Cholera in southern India
Disease focus: Cholera
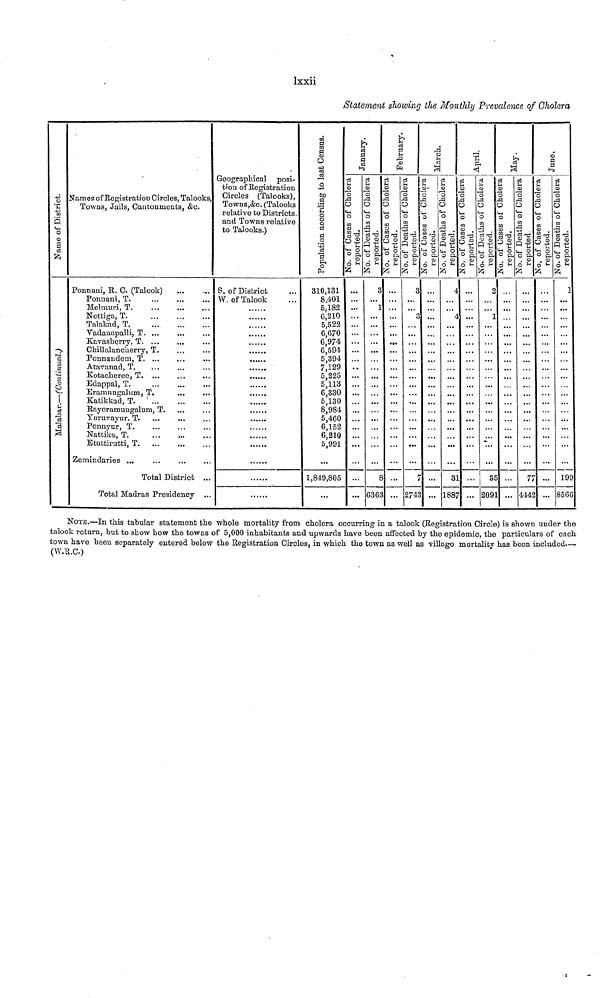
lxxii
Statement showing the Monthly Prevalence of Cholera
Name of District.
Malabar.—(Continued.)
Names of Registration Circles, Talooks,
Towns, Jails, Cantonments, &c.
Ponnani, R. C. (Talook)
...
...
Ponnani, T. ... ... ...
Melmuri, T. ... ... ...
Nettiga, T.
...
...
...
Talakad, T
...
...
...
Vadauapalli, T. ... ... ...
Kavaslacrry, T ... ... ...
Chillalancuerry, T. ... ...
Ponnandem, T. ... ... ...
Atavanad, T. ... ... ...
Kotaolaeree,
T. ... ... ...
Edappal, T.
...
...
...
Eramungalum T. ... ... ...
Katikkad, T.
...
...
...
Rayeramuugalum, T. ... ...
Yuruvayur, T. ... ... ...
Ponnyur, T. ... ... ...
Nattika,
T.
...
...
...
Etuttirutti,
T.
...
...
...
Zemindaries ... ... ... ...
Total District ...
Total Madras Presidency ...
Geographical posi-
tion of Registration
Circles (Talooks),
Towns,&c. (Talooks
relative to Districts,
and Towns relative
to Talooks.)
S. of District ...
W. of Talook ...
......
......
......
......
......
......
......
......
......
......
......
......
......
......
......
......
......
......
......
......
Population according to last census.
310, 131
8,401
5,182
6,210
5,522
6,670
6,974
6,594
5,394
7,129
5,225
5,113
6,330
5,130
8,984
5,460
6,152
6,210
5,991
1,849,805
...
January
No. of cases of Cholera reputed.
...
...
...
...
...
...
...
...
...
...
...
...
...
...
...
...
...
...
...
...
...
...
No. of Deaths of Cholera reported.
3
...
1
...
...
...
...
...
...
...
...
...
...
...
...
...
...
...
...
...
8
6363
February
No. of cases of Cholera reputed.
...
...
...
...
...
...
...
...
...
...
...
...
...
...
...
...
...
...
...
...
...
...
No. of Deaths of Cholera reported.
3
...
...
3
...
...
...
...
...
...
...
...
...
...
...
...
...
...
...
...
7
2743
March
No. of cases of Cholera reputed.
...
...
...
...
...
...
...
...
...
...
...
...
...
...
...
...
...
...
...
...
...
...
No. of Deaths of Cholera reported.
4
...
...
4
...
...
...
...
...
...
...
...
...
...
...
...
...
...
...
...
31
1887
April
No. of cases of Cholera reputed.
4 ...
...
...
...
...
...
No. of Deaths of Cholera reported.
2
...
...
1
...
...
...
...
...
...
...
...
...
...
...
...
...
...
...
...
35
2091
May
No. of cases of Cholera repute
...
...
...
...
...
...
...
...
...
...
...
...
...
...
...
...
...
...
...
...
...
...
No. of Deaths of Cholera
...
...
...
...
...
...
...
...
...
...
...
...
...
...
...
...
...
...
...
...
77
4442
June
No. of cases of Cho
...
...
...
...
...
...
...
...
...
...
...
...
...
...
...
...
...
...
...
...
...
...
No. of Deaths
1
...
...
...
...
...
...
...
...
...
...
...
...
...
...
...
...
...
...
...
199
8566
NOTE.—In this tabular statement the whole mortality from cholera occurring in a talook (Registration Circle) is shown under the
talook return, but to show how the towns of 5,000 inhabitants and upwards have been affected by the epidemic, the particulars of each
town have been separately entered below the Registration Circles, in which the town as well as village mortality has been included.—
(W.R.C.)